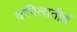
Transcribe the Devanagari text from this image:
कपिलातीर्थ